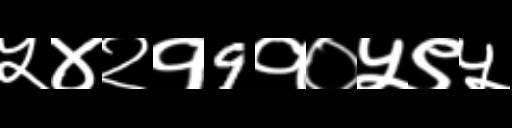
Text: ५४२१9१०५९५